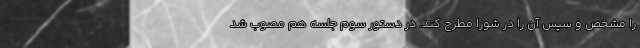
را مشخص و سپس آن را در شورا مطرح کند. در دستور سوم جلسه هم مصوب شد